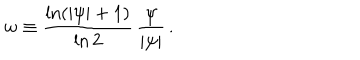
w \equiv \frac { \ln ( | \psi | + 1 ) } { \ln 2 } \, \frac { \psi } { | \psi | } \, .